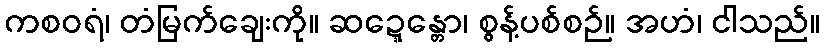
ကစဝရံ၊ တံမြက်ချေးကို။ ဆဍ္ဍေန္တော၊ စွန့်ပစ်စဉ်။ အဟံ၊ ငါသည်။